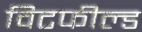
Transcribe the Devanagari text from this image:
विटफील्ड